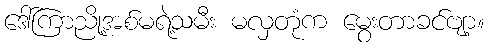
ဒေါ်ကြာညို့အစ်မရဲ့သမီး မလှတုံက မွေးတာခင်ဗျာ့။